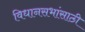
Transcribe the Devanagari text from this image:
विधानसभांसाठी